Report of the Bombay Plague Committee
Disease focus: Plague
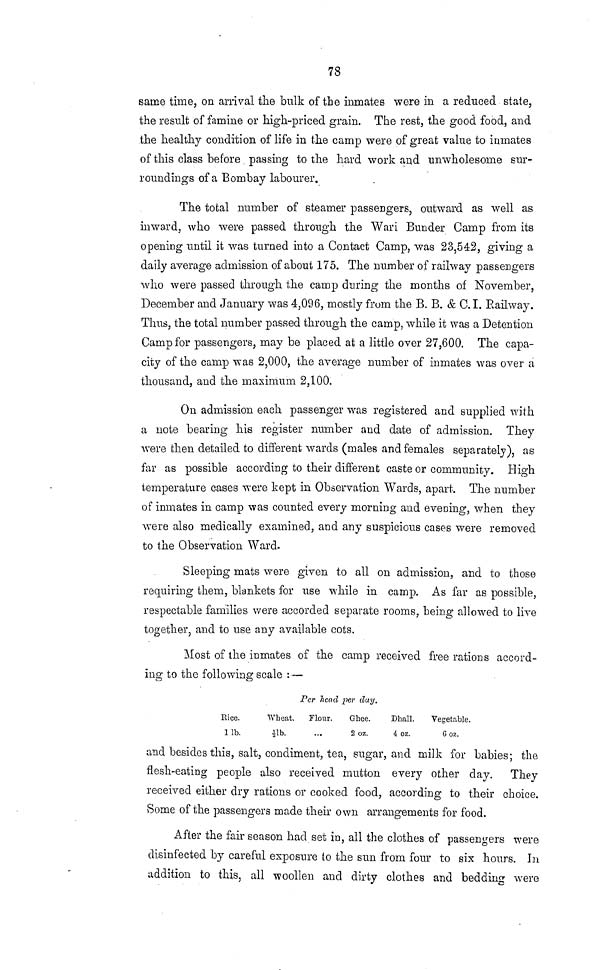
78
saine time, on arrival the bulk of the inmates were in a reduced state,
the result of famine or high-priced grain. The rest, the good food, and
the healthy condition of life in the camp were of great value to inmates
of this class before passing to the hard work and unwholesome sur-
roundings of a Bombay labourer.
The total number of steamer passengers, outward as well as
inward, who were passed through the Wari Bunder Camp from its
opening until it was turned into a Contact Camp, was 23,542, giving a
daily average admission of about 175. The number of railway passengers
who were passed through the camp during the months of November,
December and January was 4,096, mostly from the B. B. & C. I. Railway.
Thus, the total number passed through the camp, while it was a Detention
Camp for passengers, may be placed at a little over 27,600. The capa-
city of the camp was 2,000, the average number of inmates was over a
thousand, and the maximum 2,100.
On admission each passenger was registered and supplied with
a note bearing his register number and date of admission. They
were then detailed to different wards (males and females separately), as
far as possible according to their different caste or community. High
temperature cases were kept in Observation Wards, apart. The number
of inmates in camp was counted every morning and evening, when they
were also medically examined, and any suspicious cases were removed
to the Observation Ward.
Sleeping mats were given to all on admission, and to those
requiring them, blankets for use while in camp. As far as possible,
respectable families were accorded separate rooms, being allowed to live
together, and to use any available cots.
Most of the inmates of the camp received free rations accord-
ing to the following scale : —
Rice.
1 lb.
Per head
Wheat.
Flour.
1/2 lb.
per day.
Ghee.
2 0z.
Dhall.
4 oz.
Vegetable.
6 0z.
and besides this, salt, condiment, tea, sugar, and milk for babies; the
flesh-eating people also received mutton every other clay. They
received either dry rations or cooked food, according to their choice.
Some of the passengers made their own arrangements for food.
After the fair season had set in, all the clothes of passengers were
disinfected by careful exposure to the sun from four to six hours. In
addition to this, all woollen and dirty clothes and bedding were